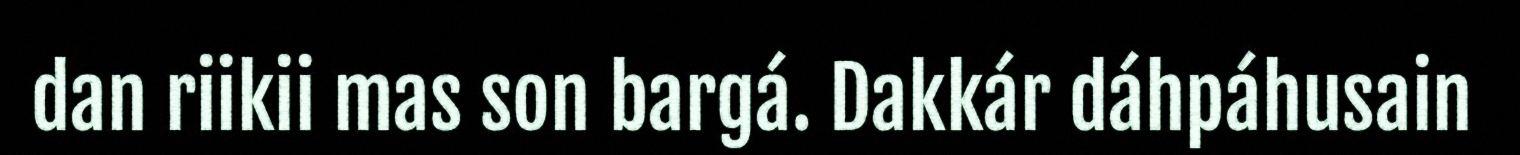
dan riikii mas son bargá. Dakkár dáhpáhusain